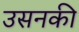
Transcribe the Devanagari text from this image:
उसनकी